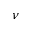
\nu